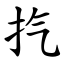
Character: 㧉